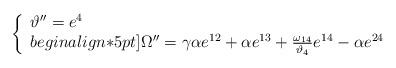
LaTeX: \begin{align*}\left\{\begin{array}{l}\vartheta'' = e^4 \\begin{align*}5pt]\Omega'' = \gamma\alpha e^{12} + \alpha e^{13} + \frac{\omega_{14}}{\vartheta_{4}} e^{14} - \alpha e^{24}\end{array}\right.\end{align*}